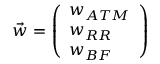
{ \vec { w } } = { \left( \begin{array} { l } { w _ { A T M } } \\ { w _ { R R } } \\ { w _ { B F } } \end{array} \right) }